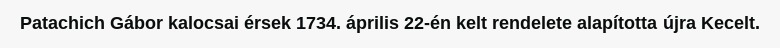
Patachich Gábor kalocsai érsek 1734. április 22-én kelt rendelete alapította újra Kecelt.